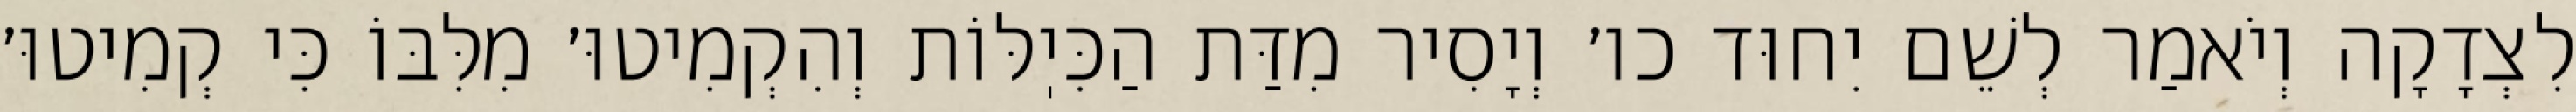
לִצְדָקָה וְיֹאמַר לְשֵׁם יִחוּד כו׳ וְיָסִיר מִדַּת הַכִּיֽלּוֹת וְהִקְמִיטוּ׳ מִלִּבּוֹ כִּי קְמִיטוּ׳